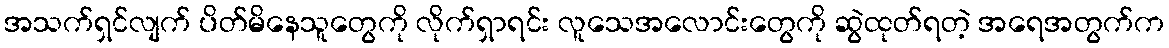
အသက်ရှင်လျက် ပိတ်မိနေသူတွေကို လိုက်ရှာရင်း လူသေအလောင်းတွေကို ဆွဲထုတ်ရတဲ့ အရေအတွက်က